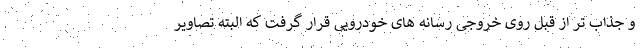
و جذاب تر از قبل روی خروجی رسانه های خودرویی قرار گرفت که البته تصاویر